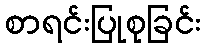
စာရင်းပြုစုခြင်း